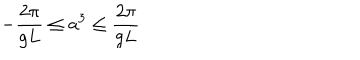
- \frac { 2 \pi } { g L } \leq a ^ { 3 } \leq \frac { 2 \pi } { g L }